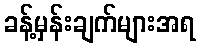
ခန့်မှန်းချက်များအရ